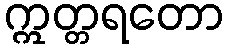
ဣတ္တရတော